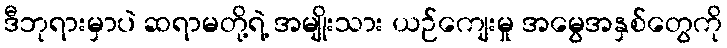
ဒီဘုရားမှာပဲ ဆရာမတို့ရဲ့ အမျိုးသား ယဉ်ကျေးမှု အမွေအနှစ်တွေကို